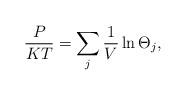
LaTeX: \begin{align*}\frac{P}{KT}=\sum_{j}\frac{1}{V}\ln\Theta_{j},\end{align*}